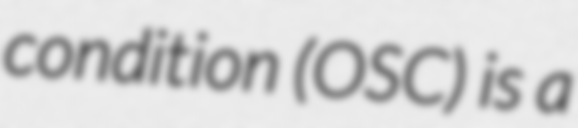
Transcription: condition (OSC) is a